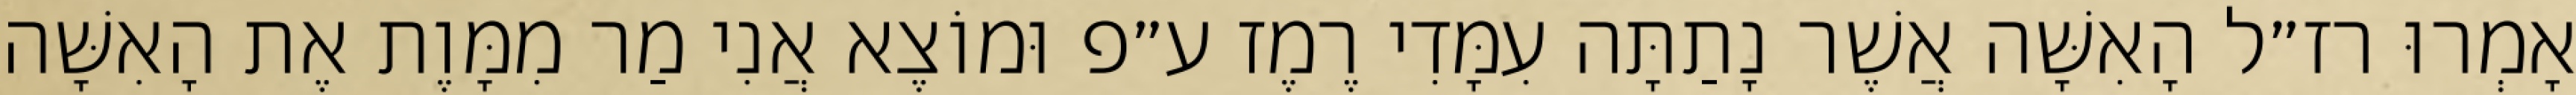
אָמְרוּ רז״ל הָאִשָּׁה אֲשֶׁר נָתַתָּה עִמָּדִי רֶמֶז ע״פ וּמוֹצֶא אֲנִי מַר מִמָּוֶת אֶת הָאִשָּׁה